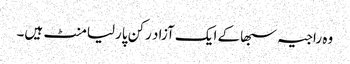
وہ راجیہ سبھاکے ایک آزاد رکن پارلیامنٹ ہیں۔